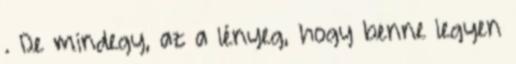
. De mindegy, az a lényeg, hogy benne legyen